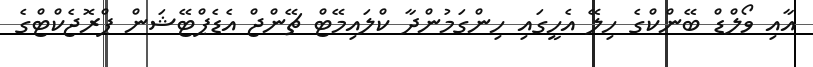
އާއި ވޯލްޑް ބޭންކްގެ ހިލޭ އެހީގައި ހިންގަމުންދާ ކްލައިމޭޓް ޗޭންޖް އެޑެޕްޓޭޝަން ޕްރޮޖެކްޓްގެ